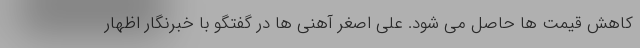
کاهش قیمت ها حاصل می شود. علی اصغر آهنی ها در گفتگو با خبرنگار اظهار